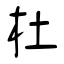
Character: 杜